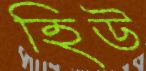
হিউ